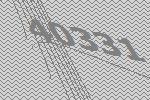
40331